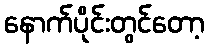
နောက်ပိုင်းတွင်တော့